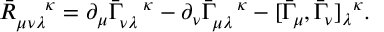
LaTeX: { { \bar { R } } _ { \mu \nu \lambda } } ^ { \; \; \; \; \; \; \kappa } = \partial _ { \mu } { \bar { \Gamma } } _ { \nu \lambda } ^ { \; \; \; \; \kappa } - \partial _ { \nu } { \bar { \Gamma } } _ { \mu \lambda } ^ { \; \; \; \; \kappa } - [ \bar { \Gamma } _ { \mu } , \bar { \Gamma } _ { \nu } { ] _ { \lambda } } ^ { \kappa } .